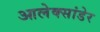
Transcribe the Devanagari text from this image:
आलेक्सांडेर